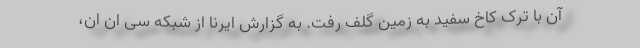
آن با ترک کاخ سفید به زمین گلف رفت. به گزارش ایرنا از شبکه سی ان ان،